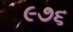
૯૭૬